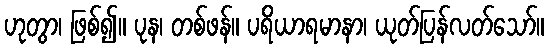
ဟုတွာ၊ ဖြစ်၍။ ပုန၊ တစ်ဖန်။ ပရိယာရမာနာ၊ ယုတ်ပြန်လတ်သော်။